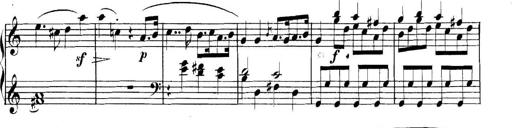
Title: Collected Piano Sonatas
Composer: Muzio Clementi